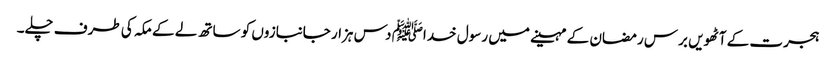
ہجرت کے آٹھویں برس رمضان کے مہینے میں رسول خداﷺ دس ہزار جانبازوں کو ساتھ لے کے مکہ کی طرف چلے۔